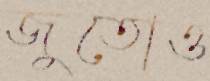
জুতোও